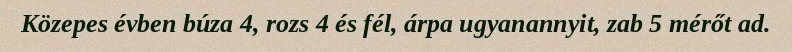
Közepes évben búza 4, rozs 4 és fél, árpa ugyanannyit, zab 5 mérőt ad.